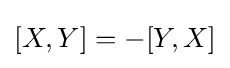
[X,Y]=-[Y,X]